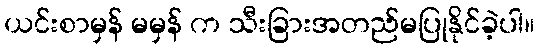
ယင်းစာမှန် မမှန် က သီးခြားအတည်မပြုနိုင်ခဲ့ပါ။